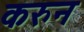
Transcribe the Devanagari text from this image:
करुन